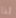
لذا